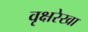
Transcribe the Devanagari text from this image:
वृक्षरेखा